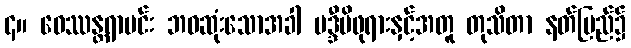
၄။ ဝေဿန္တရာမင်း ဘဝဆုံးသောအခါ မဒ္ဒီမိဖုရားနှင့်အတူ တုသိတာ နတ်ပြည်၌